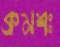
ক্রমশঃ